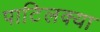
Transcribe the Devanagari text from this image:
पाटिलक्या